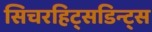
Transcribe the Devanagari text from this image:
सिचरहिट्सडिन्ट्स